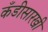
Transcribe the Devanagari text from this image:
कँडीसारखी